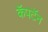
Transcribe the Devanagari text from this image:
कॅपटॅन